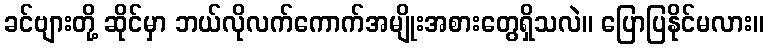
ခင်ဗျားတို့ ဆိုင်မှာ ဘယ်လိုလက်ကောက်အမျိုးအစားတွေရှိသလဲ။ ပြောပြနိုင်မလား။